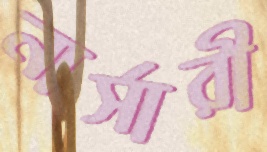
নার্সারী